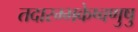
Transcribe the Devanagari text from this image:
तदारम्भकेष्वणुषु